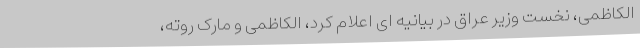
الکاظمی، نخست وزیر عراق در بیانیه ای اعلام کرد، الکاظمی و مارک روته،